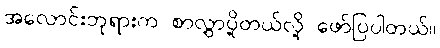
အလောင်းဘုရားက စာလွှာပို့တယ်လို့ ဖော်ပြပါတယ်။